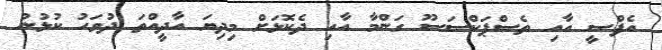
އެފްސީ އާއި ތެސްޕަކްސަސޫ ގަންމާ އާއި ދެކޮޅަށް މިދިޔަ އާދީއްތަ ދުވަހު ކުޅުނު